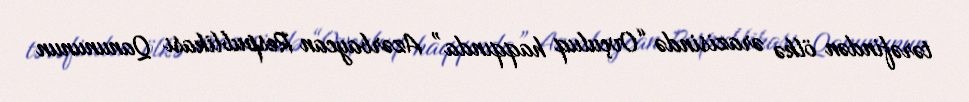
tərəfindən ölkə ərazisində “Ovçuluq haqqında” Azərbaycan Respublikası Qanununun